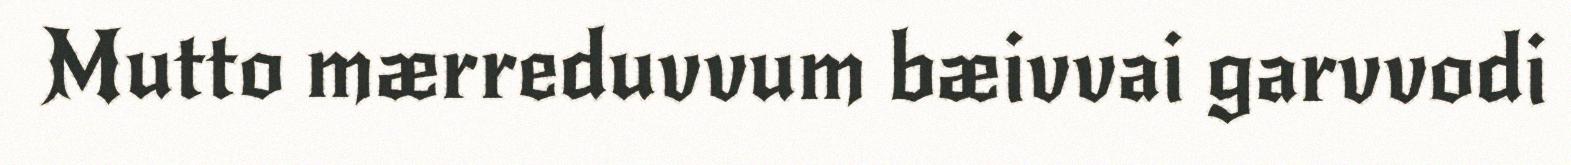
Mutto mærreduvvum bæivvai garvvodi